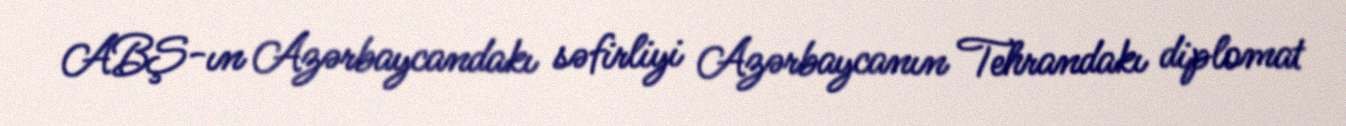
ABŞ-ın Azərbaycandakı səfirliyi Azərbaycanın Tehrandakı diplomat